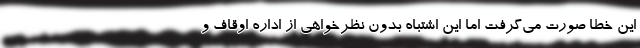
این خطا صورت می‌گرفت اما این اشتباه بدون نظرخواهی از اداره اوقاف و